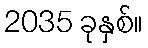
2035 ခုနှစ်။